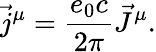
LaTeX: \vec{j}^{\mu}=\frac{e_{0}c}{2\pi}\vec{J}^{\mu}.